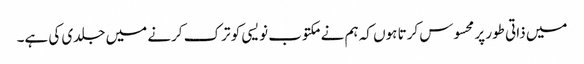
میں ذاتی طور پر محسوس کرتا ہوں کہ ہم نے مکتوب نویسی کو ترک کرنے میں جلدی کی ہے۔